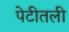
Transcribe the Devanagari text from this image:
पेटीतली